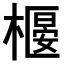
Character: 𣚼